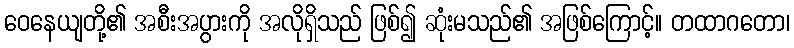
ဝေနေယျတို့၏ အစီးအပွားကို အလိုရှိသည် ဖြစ်၍ ဆုံးမသည်၏ အဖြစ်ကြောင့်။ တထာဂတော၊